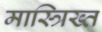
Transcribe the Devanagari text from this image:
मास्त्रिख्त